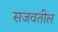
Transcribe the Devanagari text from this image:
सजवतील